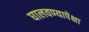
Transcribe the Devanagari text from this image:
घालवण्यापेक्षा